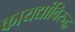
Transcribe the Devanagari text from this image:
कायद्यांविरुद्ध